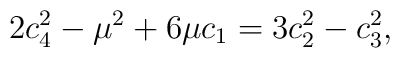
2c_{4}^2 - \mu^2 + 6 \mu c_{1} = 3 c_{2}^2 - c_{3}^2,